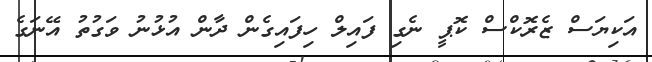
އަކިޔަސް ޒެރޮކްސް ކޮޕީ ނެގި ފައިލް ހިފައިގެން ދާން އުޅުނު ވަގުތު އޭނަގެ